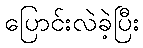
ပြောင်းလဲခဲ့ပြီး